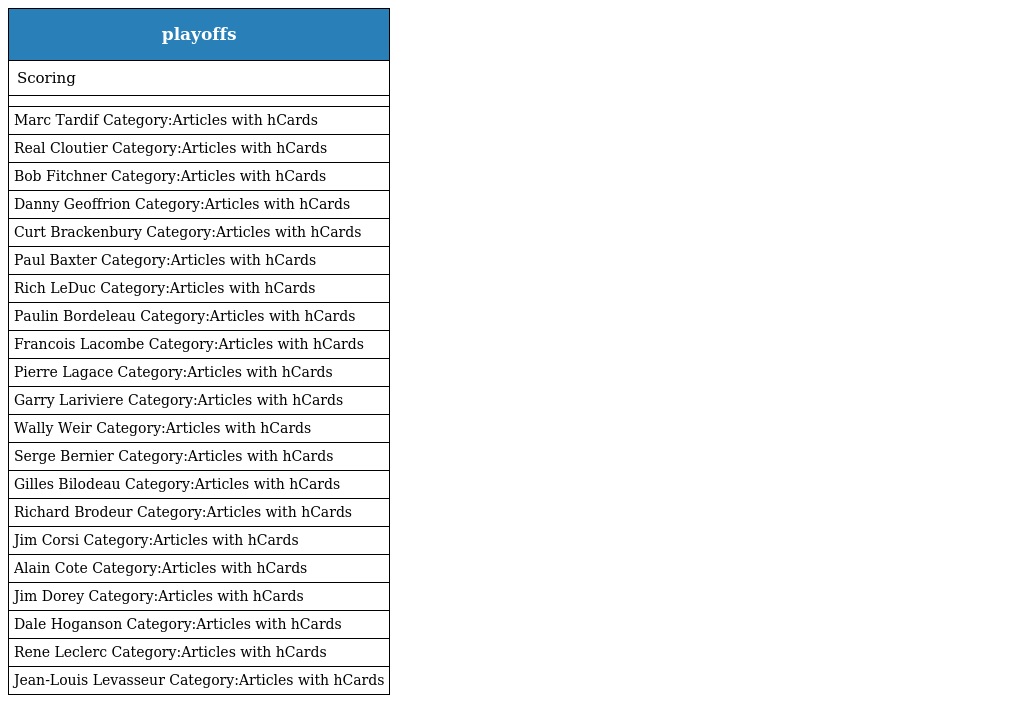
| playoffs |
 | --- |
 | Scoring |
 |  |
 | Marc Tardif Category:Articles with hCards |
 | Real Cloutier Category:Articles with hCards |
 | Bob Fitchner Category:Articles with hCards |
 | Danny Geoffrion Category:Articles with hCards |
 | Curt Brackenbury Category:Articles with hCards |
 | Paul Baxter Category:Articles with hCards |
 | Rich LeDuc Category:Articles with hCards |
 | Paulin Bordeleau Category:Articles with hCards |
 | Francois Lacombe Category:Articles with hCards |
 | Pierre Lagace Category:Articles with hCards |
 | Garry Lariviere Category:Articles with hCards |
 | Wally Weir Category:Articles with hCards |
 | Serge Bernier Category:Articles with hCards |
 | Gilles Bilodeau Category:Articles with hCards |
 | Richard Brodeur Category:Articles with hCards |
 | Jim Corsi Category:Articles with hCards |
 | Alain Cote Category:Articles with hCards |
 | Jim Dorey Category:Articles with hCards |
 | Dale Hoganson Category:Articles with hCards |
 | Rene Leclerc Category:Articles with hCards |
 | Jean-Louis Levasseur Category:Articles with hCards |